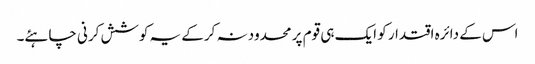
اس کے دائرہ اقتدار کو ایک ہی قوم پر محدود نہ کرکے یہ کوشش کرنی چاہئے۔